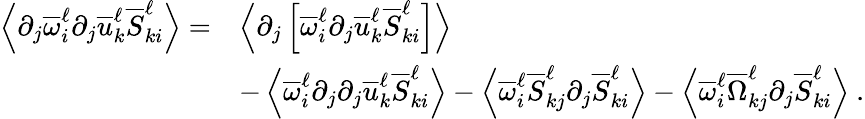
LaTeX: \begin{array}{rl}{\left\langle\partial_{j}\overline{{\omega}}_{i}^{\ell}\partial_{j}\overline{{u}}_{k}^{\ell}\overline{{S}}_{ki}^{\ell}\right\rangle=}&{\left\langle\partial_{j}\left[\overline{{\omega}}_{i}^{\ell}\partial_{j}\overline{{u}}_{k}^{\ell}\overline{{S}}_{ki}^{\ell}\right]\right\rangle}\\ &{-\left\langle\overline{{\omega}}_{i}^{\ell}\partial_{j}\partial_{j}\overline{{u}}_{k}^{\ell}\overline{{S}}_{ki}^{\ell}\right\rangle-\left\langle\overline{{\omega}}_{i}^{\ell}\overline{{S}}_{kj}^{\ell}\partial_{j}\overline{{S}}_{ki}^{\ell}\right\rangle-\left\langle\overline{{\omega}}_{i}^{\ell}\overline{{\Omega}}_{kj}^{\ell}\partial_{j}\overline{{S}}_{ki}^{\ell}\right\rangle\ .}\end{array}